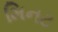
મિનટ